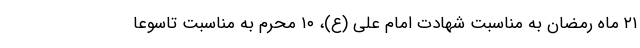
۲۱ ماه رمضان به مناسبت شهادت امام علی (ع)، ۱۰ محرم به مناسبت تاسوعا